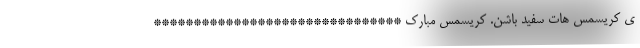
ی کریسمس هات سفید باشن. کریسمس مبارک *******************************